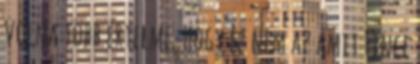
volna több értelme. Hogy ez nem az amit Fince